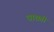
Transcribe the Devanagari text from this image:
वाद्यही